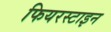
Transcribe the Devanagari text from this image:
फियरस्टाइन